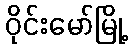
ဝိုင်းမော်မြို့